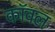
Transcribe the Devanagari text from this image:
कॉवल